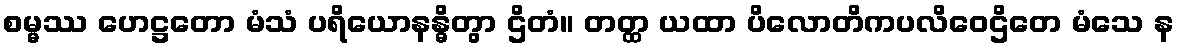
စမ္မဿ ဟေဋ္ဌတော မံသံ ပရိယောနန္ဓိတွာ ဌိတံ။ တတ္ထ ယထာ ပိလောတိကပလိဝေဌိတေ မံသေ န